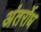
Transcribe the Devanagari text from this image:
अंतर्रोध